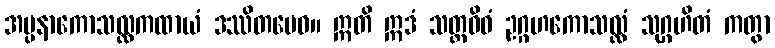
အပ္ပနာကောသလ္လကထာယံ ဒဿိတမေဝ။ ဣတိ ဣဒံ သတ္တဝိဓံ ဥဂ္ဂဟကောသလ္လံ သုဂ္ဂဟိတံ ကတွာ